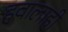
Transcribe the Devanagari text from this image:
हवालाही